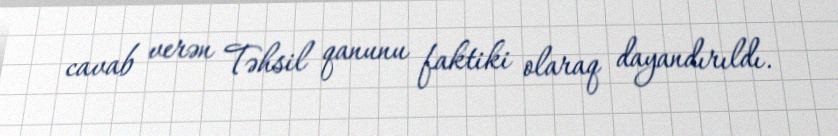
cavab verən Təhsil qanunu faktiki olaraq dayandırıldı.